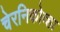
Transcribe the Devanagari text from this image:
चेरनिकोव्हा